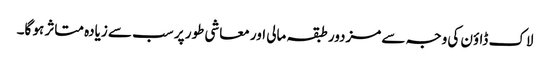
لاک ڈاؤن کی وجہ سے مزدور طبقہ مالی اور معاشی طور پر سب سے زیادہ متاثر ہو گا۔